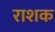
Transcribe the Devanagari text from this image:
राशक